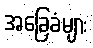
အခြေခံများ